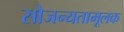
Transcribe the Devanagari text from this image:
सौजन्यतामूलक